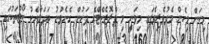
މިކަން މިހެން މެދުވެރިވެފައި މިވަނީ މި ޕްރޮޖެކްޓްގެ ދަށުން ގެނެވުނު ބަދަލާއެކު ކޯޓުތަކުގައި